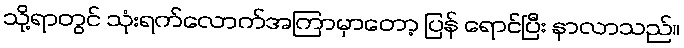
သို့ရာတွင် သုံးရက်လောက်အကြာမှာတော့ ပြန် ရောင်ပြီး နာလာသည်။